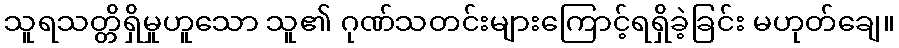
သူရသတ္တိရှိမှုဟူသော သူ၏ ဂုဏ်သတင်းများကြောင့်ရရှိခဲ့ခြင်း မဟုတ်ချေ။